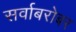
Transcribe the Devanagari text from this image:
सर्वाबरोबर